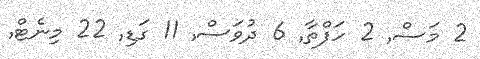
2 މަސް